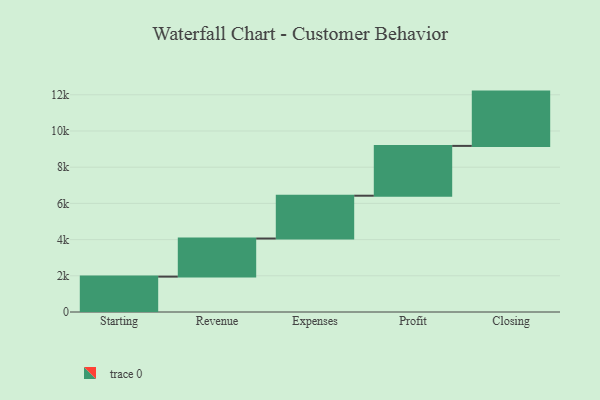
{"axis": {"x": "Step", "y": "Value"}, "legend": [""], "data": [{"x": "Starting", "y": 1955.0, "type": ""}, {"x": "Revenue", "y": 2105.0, "type": ""}, {"x": "Expenses", "y": 2365.0, "type": ""}, {"x": "Profit", "y": 2752.0, "type": ""}, {"x": "Closing", "y": 3000, "type": ""}]}